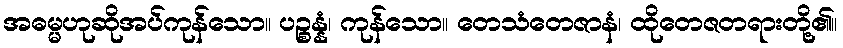
အဓမ္မဟုဆိုအပ်ကုန်သော။ ပဉ္စန္နံ၊ ကုန်သော။ တေသံတေဇာနံ၊ ထိုတေဇတရားတို့၏။